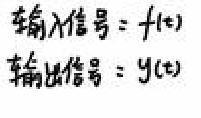
输入信号 = \( f(t) \)
输出信号 = \( y(t) \)